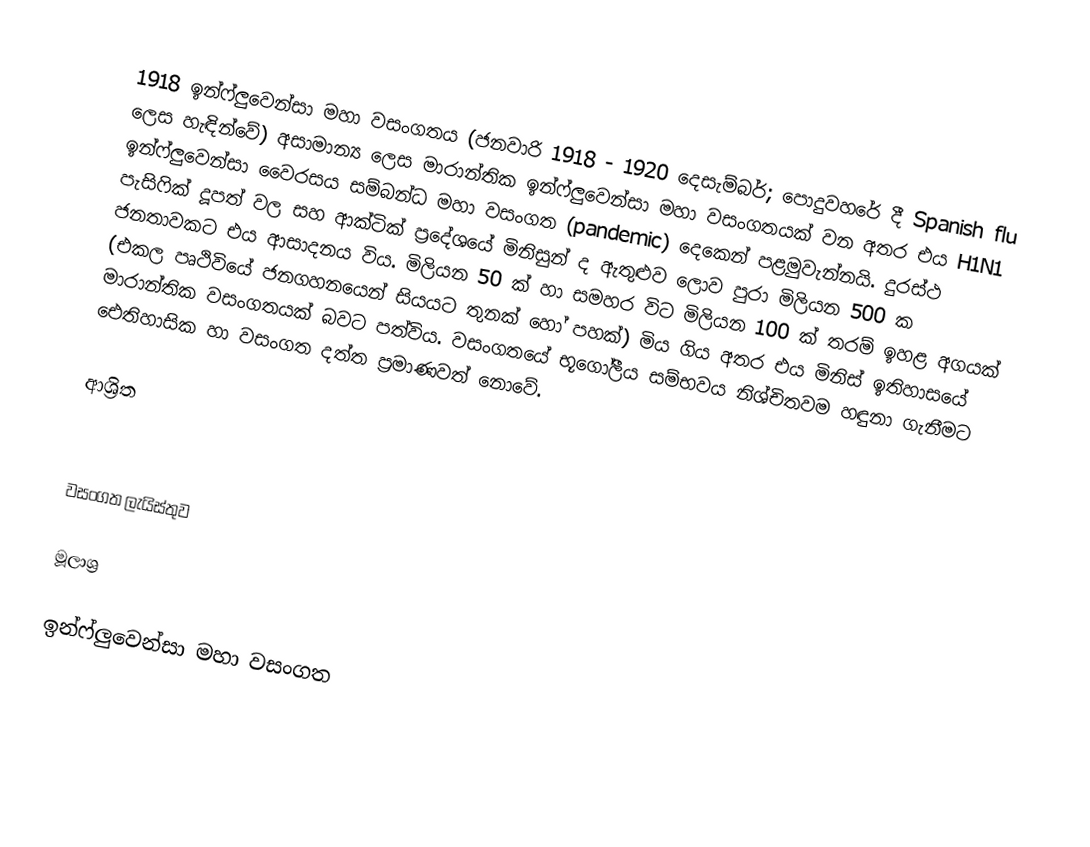
1918 ඉන්ෆ්ලුවෙන්සා මහා වසංගතය (ජනවාරි 1918 - 1920 දෙසැම්බර්; පොදුවහරේ දී Spanish flu ලෙස හැඳින්වේ) අසාමාන්‍ය ලෙස මාරාන්තික ඉන්ෆ්ලුවෙන්සා මහා වසංගතයක් වන අතර එය H1N1 ඉන්ෆ්ලුවෙන්සා වෛරසය සම්බන්ධ මහා වසංගත (pandemic) දෙකෙන් පළමුවැන්නයි. දුරස්ථ පැසිෆික් දූපත් වල සහ ආක්ටික් ප්‍රදේශයේ මිනිසුන් ද ඇතුළුව ලොව පුරා මිලියන 500 ක ජනතාවකට එය ආසාදනය විය. මිලියන 50 ක් හා සමහර විට මිලියන 100 ක් තරම් ඉහළ අගයක් (එකල පෘථිවියේ ජනගහනයෙන් සියයට තුනක් හෝ පහක්) මිය ගිය අතර එය මිනිස් ඉතිහාසයේ මාරාන්තික වසංගතයක් බවට පත්විය. වසංගතයේ භූගෝලීය සම්භවය නිශ්චිතවම හඳුනා ගැනීමට ඓතිහාසික හා වසංගත දත්ත ප්‍රමාණවත් නොවේ.

ආශ්‍රිත

 වසංගත ලැයිස්තුව

මූලාශ්‍ර

ඉන්ෆ්ලුවෙන්සා මහා වසංගත